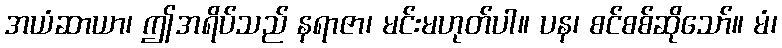
အယံဆာယာ၊ ဤအရိပ်သည် နရာဇာ၊ မင်းမဟုတ်ပါ။ ပန၊ စင်စစ်ဆိုသော်။ မံ၊